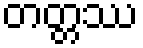
တတ္တဿ